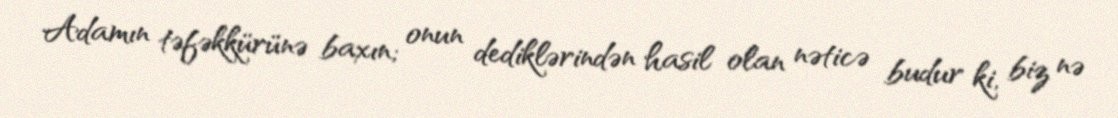
Adamın təfəkkürünə baxın; onun dediklərindən hasil olan nəticə budur ki, biz nə